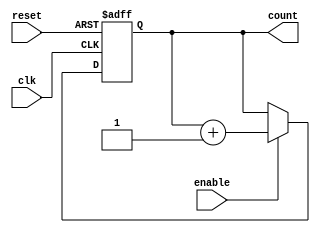
module RingCounterWithEnable (
  input wire clk,
  input wire reset,
  input wire enable,
  output reg [N-1:0] count
);

parameter N = 4; // Change N to the desired number of bits for the counter

always @(posedge clk or posedge reset) begin
  if (reset) begin
    count <= 0;
  end else if (enable) begin
    count <= count + 1;
  end
end

endmodule